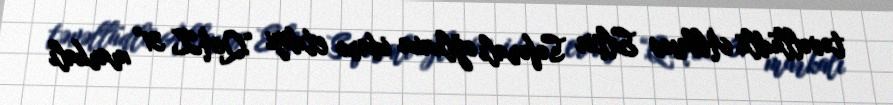
təvəllüdlü Abbasov Elçin Səfəralı oğlunun idarə etdiyi “QAZ 31” markalı